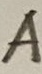
Text: A